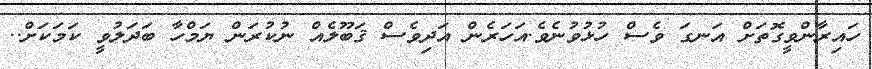
ހައިރާންވީގޮތަށް އަނގަ ވެސް ހުޅުވުނެވެ.އަހަރެން އަދިވެސް ޤަބޫލެއް ނުކުރަން ޔަމްހާ ބަދަލުވީ ކަމަކަށް..